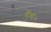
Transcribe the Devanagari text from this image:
एॅच०